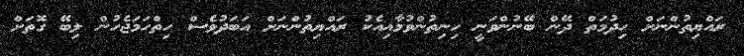
ރައްޔިތުންނަށް ހިދުމަތް ދޭން ބޭނުންވަނީ ހިނިތުންވުމާއިއެކު ރައްޔިތުންނަށް އަބަދުވެސް ހިތްހަމަޖެހުން ލިބޭ ގޮތަށް